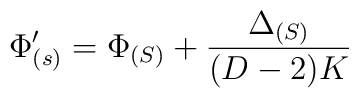
\Phi'_{(s)} = \Phi_{(S)} + \frac{\Delta_{(S)}}{(D-2)K}